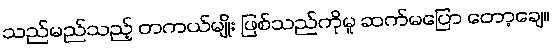
သည်မည်သည့် တကယ်မျိုး ဖြစ်သည်ကိုမူ ဆက်မပြော တော့ချေ။